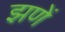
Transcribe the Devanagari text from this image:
झणें